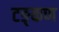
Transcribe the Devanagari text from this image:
टङ्कण